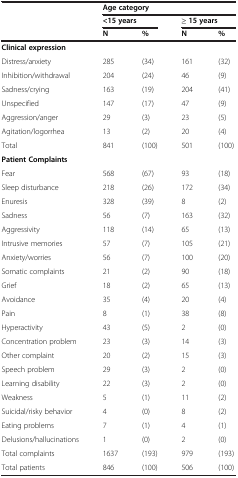
<table><thead><tr><td><b> </b></td><td colspan="4"><b>Age category</b></td></tr><tr><td><b> </b></td><td colspan="2"><b>&lt;15 years</b></td><td colspan="2"><b>≥ 15 years</b></td></tr><tr><td><b> </b></td><td><b>N</b></td><td><b>%</b></td><td><b>N</b></td><td><b>%</b></td></tr></thead><tbody><tr><td><b>Clinical expression</b></td><td> </td><td> </td><td> </td><td> </td></tr><tr><td>Distress/anxiety</td><td>285</td><td>(34)</td><td>161</td><td>(32)</td></tr><tr><td>Inhibition/withdrawal</td><td>204</td><td>(24)</td><td>46</td><td>(9)</td></tr><tr><td>Sadness/crying</td><td>163</td><td>(19)</td><td>204</td><td>(41)</td></tr><tr><td>Unspecified</td><td>147</td><td>(17)</td><td>47</td><td>(9)</td></tr><tr><td>Aggression/anger</td><td>29</td><td>(3)</td><td>23</td><td>(5)</td></tr><tr><td>Agitation/logorrhea</td><td>13</td><td>(2)</td><td>20</td><td>(4)</td></tr><tr><td>Total</td><td>841</td><td>(100)</td><td>501</td><td>(100)</td></tr><tr><td><b>Patient Complaints</b></td><td> </td><td> </td><td> </td><td> </td></tr><tr><td>Fear</td><td>568</td><td>(67)</td><td>93</td><td>(18)</td></tr><tr><td>Sleep disturbance</td><td>218</td><td>(26)</td><td>172</td><td>(34)</td></tr><tr><td>Enuresis</td><td>328</td><td>(39)</td><td>8</td><td>(2)</td></tr><tr><td>Sadness</td><td>56</td><td>(7)</td><td>163</td><td>(32)</td></tr><tr><td>Aggressivity</td><td>118</td><td>(14)</td><td>65</td><td>(13)</td></tr><tr><td>Intrusive memories</td><td>57</td><td>(7)</td><td>105</td><td>(21)</td></tr><tr><td>Anxiety/worries</td><td>56</td><td>(7)</td><td>100</td><td>(20)</td></tr><tr><td>Somatic complaints</td><td>21</td><td>(2)</td><td>90</td><td>(18)</td></tr><tr><td>Grief</td><td>18</td><td>(2)</td><td>65</td><td>(13)</td></tr><tr><td>Avoidance</td><td>35</td><td>(4)</td><td>20</td><td>(4)</td></tr><tr><td>Pain</td><td>8</td><td>(1)</td><td>38</td><td>(8)</td></tr><tr><td>Hyperactivity</td><td>43</td><td>(5)</td><td>2</td><td>(0)</td></tr><tr><td>Concentration problem</td><td>23</td><td>(3)</td><td>14</td><td>(3)</td></tr><tr><td>Other complaint</td><td>20</td><td>(2)</td><td>15</td><td>(3)</td></tr><tr><td>Speech problem</td><td>29</td><td>(3)</td><td>2</td><td>(0)</td></tr><tr><td>Learning disability</td><td>22</td><td>(3)</td><td>2</td><td>(0)</td></tr><tr><td>Weakness</td><td>5</td><td>(1)</td><td>11</td><td>(2)</td></tr><tr><td>Suicidal/risky behavior</td><td>4</td><td>(0)</td><td>8</td><td>(2)</td></tr><tr><td>Eating problems</td><td>7</td><td>(1)</td><td>4</td><td>(1)</td></tr><tr><td>Delusions/hallucinations</td><td>1</td><td>(0)</td><td>2</td><td>(0)</td></tr><tr><td>Total complaints</td><td>1637</td><td>(193)</td><td>979</td><td>(193)</td></tr><tr><td>Total patients</td><td>846</td><td>(100)</td><td>506</td><td>(100)</td></tr></tbody></table>